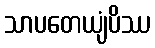
သာပတေယျံပိဿ